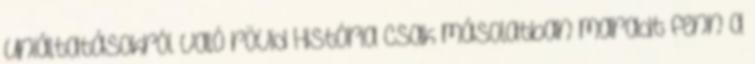
Uniáltatásokról való rövid História csak másolatban maradt fenn a